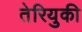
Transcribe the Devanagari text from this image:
तेरियुकी